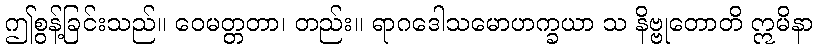
ဤစွန့်ခြင်းသည်။ ဝေမတ္တတာ၊ တည်း။ ရာဂဒေါသမောဟက္ခယာ သ နိဗ္ဗုတောတိ ဣမိနာ